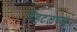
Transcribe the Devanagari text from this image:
व्हिटलच्या